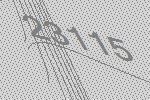
23115